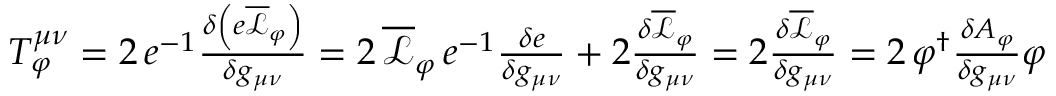
\begin{array} { r } { T _ { \varphi } ^ { \mu \nu } = 2 \, e ^ { - 1 } \frac { \delta \left( e \overline { { \mathcal { L } } } _ { \varphi } \right) } { \delta g _ { \mu \nu } } = 2 \, \overline { { \mathcal { L } } } _ { \varphi } \, e ^ { - 1 } \frac { \delta e } { \delta g _ { \mu \nu } } + 2 \frac { \delta \overline { { \mathcal { L } } } _ { \varphi } } { \delta g _ { \mu \nu } } = 2 \frac { \delta \overline { { \mathcal { L } } } _ { \varphi } } { \delta g _ { \mu \nu } } = 2 \, \varphi ^ { \dag } \frac { \delta A _ { \varphi } } { \delta g _ { \mu \nu } } \varphi } \end{array}